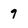
Character: 9